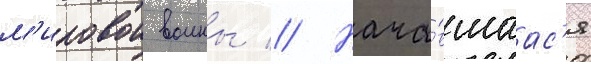
м'ировои воины // Нача́вшаас'я